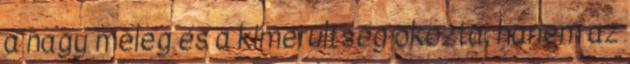
a nagy meleg és a kimerültség okozta, hanem az